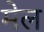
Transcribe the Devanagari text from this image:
मेल